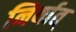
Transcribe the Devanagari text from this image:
निर्यात्‌